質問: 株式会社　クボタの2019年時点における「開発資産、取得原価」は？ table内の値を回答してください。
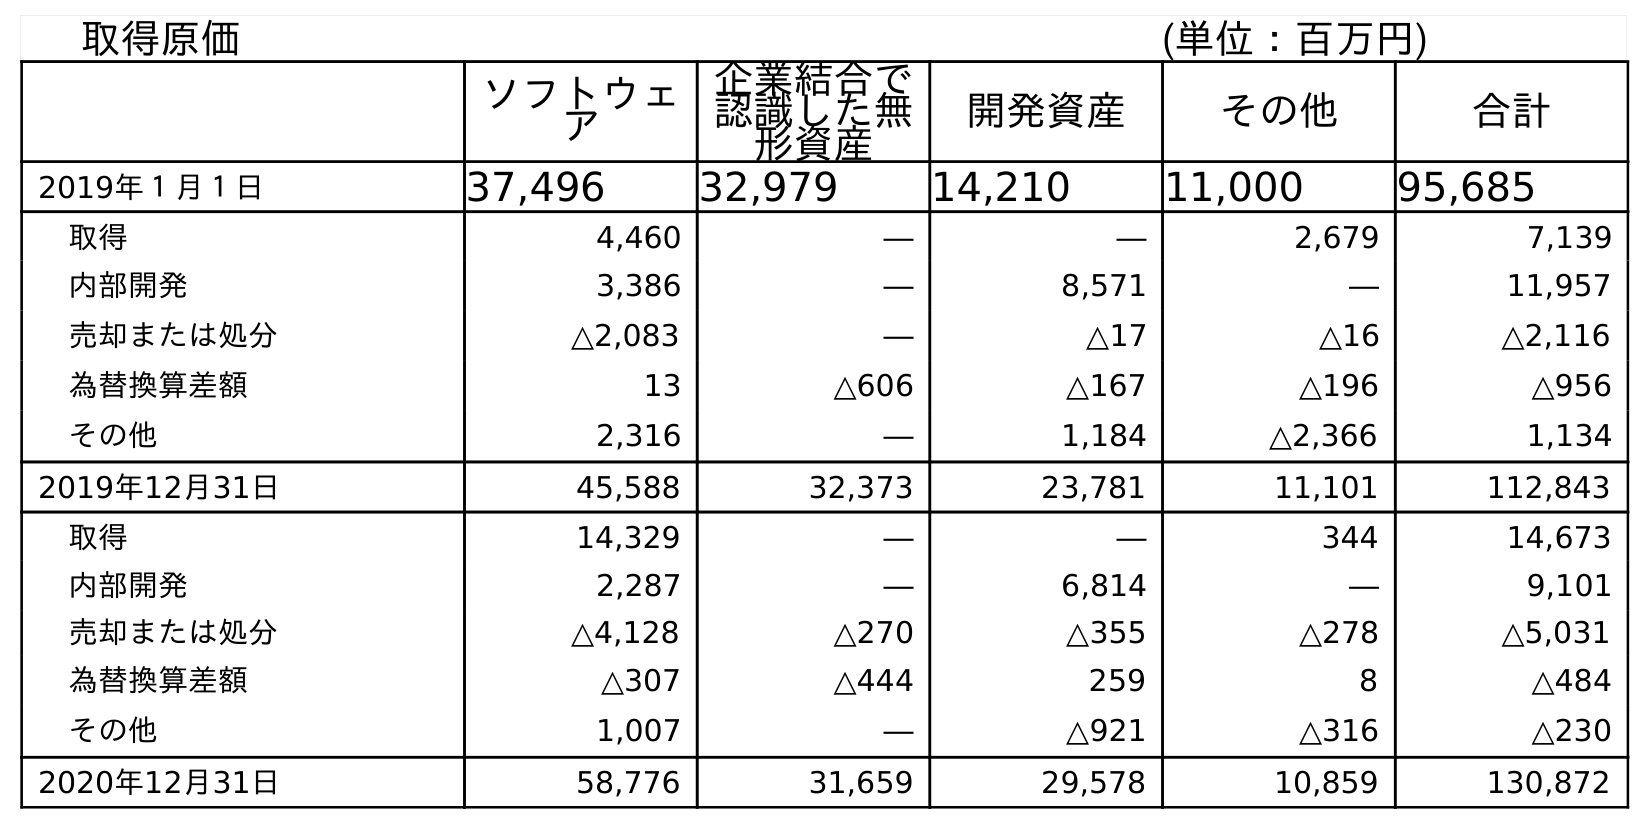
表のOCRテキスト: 取得原価 (単位：百万円) ソフトウェ ア 企業結合で 認識した無 形資産 開発資産 その他 合計 2019年１月１日 37,496 32,979 14,210 11,000 95,685 取得 4,460 ― ― 2,679 7,139 内部開発 3,386 ― 8,571 ― 11,957 売却または処分 △2,083 ― △17 △16 △2,116 為替換算差額 13 △606 △167 △196 △956 その他 2,316 ― 1,184 △2,366 1,134 2019年12月31日 45,588 32,373 23,781 11,101 112,843 取得 14,329 ― ― 344 14,673 内部開発 2,287 ― 6,814 ― 9,101 売却または処分 △4,128 △270 △355 △278 △5,031 為替換算差額 △307 △444 259 8 △484 その他 1,007 ― △921 △316 △230 2020年12月31日 58,776 31,659 29,578 10,859 130,872
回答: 23,781